Report on vaccination in the Province of Bengal - 1869-1873
Year: 1869
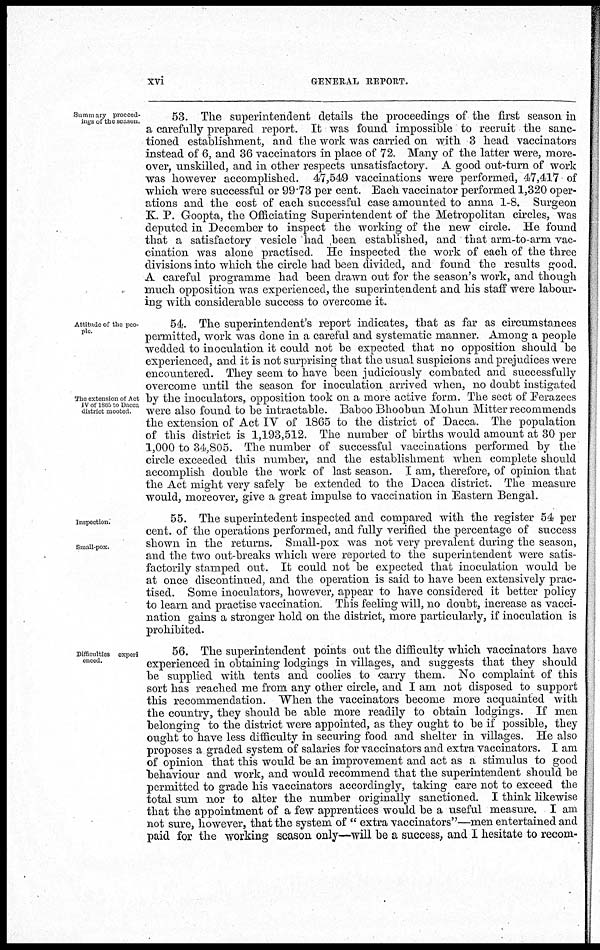
xvi
GENERAL REPORT.
Summary proceed-
ings of the season.
53. The superintendent details the proceedings of the first season in
a carefully prepared report. It was found impossible to recruit the sanc-
tioned establishment, and the work was carried on with 3 head vaccinators
instead of 6, and 36 vaccinators in place of 72. Many of the latter were, more-
over, unskilled, and in other respects unsatisfactory. A good out-turn of work
was however accomplished. 47,549 vaccinations were performed, 47,417 of
which were successful or 99.73 per cent. Each vaccinator performed 1,320 oper-
ations and the cost of each successful case amounted to anna 1-8. Surgeon
K. P. Goopta, the Officiating Superintendent of the Metropolitan circles, was
deputed in December to inspect the working of the new circle. He found
that a satisfactory vesicle had been established, and that arm-to-arm vac-
cination was alone practised. He inspected the work of each of the three
divisions into which the circle had been divided, and found the results good.
A careful programme had been drawn out for the season's work, and though
much opposition was experienced, the superintendent and his staff were labour-
ing with considerable success to overcome it.
Attitude of the peo-
ple.
The extension of Act
IV of 1865 to Dacca
district mooted.
54. The superintendent's report indicates, that as far as circumstances
permitted, work was done in a careful and systematic manner. Among a people
wedded to inoculation it could not be expected that no opposition should be
experienced, and it is not surprising that the usual suspicions and prejudices were
encountered. They seem to have been judiciously combated and successfully
overcome until the season for inoculation arrived when, no doubt instigated
by the inoculators, opposition took on a more active form. The sect of Ferazees
were also found to be intractable. Baboo Bhoobun Mohun Mitter recommends
the extension of Act IV of 1865 to the district of Dacca. The population
of this district is 1,193,512. The number of births would amount at 30 per
1,000 to 34,805. The number of successful vaccinations performed by the
circle exceeded this number, and the establishment when complete should
accomplish double the work of last season. I am, therefore, of opinion that
the Act might very safely be extended to the Dacca district. The measure
would, moreover, give a great impulse to vaccination in Eastern Bengal.
Inspection.
Small-pox.
55. The superintedent inspected and compared with the register 54 per
cent. of the operations performed, and fully verified the percentage of success
shown in the returns. Small-pox was not very prevalent during the season,
and the two out-breaks which were reported to the superintendent were satis-
factorily stamped out. It could not be expected that inoculation would be
at once discontinued, and the operation is said to have been extensively prac-
tised. Some inoculators, however, appear to have considered it better policy
to learn and practise vaccination. This feeling will, no doubt, increase as vacci-
nation gains a stronger hold on the district, more particularly, if inoculation is
prohibited.
Difficulties experi
enced.
56. The superintendent points out the difficulty which vaccinators have
experienced in obtaining lodgings in villages, and suggests that they should
be supplied with tents and coolies to carry them. No complaint of this
sort has reached me from any other circle, and I am not disposed to support
this recommendation. "When the vaccinators become more acquainted with
the country, they should be able more readily to obtain lodgings. If men
belonging to the district were appointed, as they ought to be if possible, they
ought to have less difficulty in securing food and shelter in villages. He also
proposes a graded system of salaries for vaccinators and extra vaccinators. I am
of opinion that this would be an improvement and act as a stimulus to good
behaviour and work, and would recommend that the superintendent should be
permitted to grade his vaccinators accordingly, taking care not to exceed the
total sum nor to alter the number originally sanctioned. I think likewise
that the appointment of a few apprentices would be a useful measure. I am
not sure, however, that the system of " extra vaccinators"—men entertained and
paid for the working season only—will be a success, and I hesitate to recom-